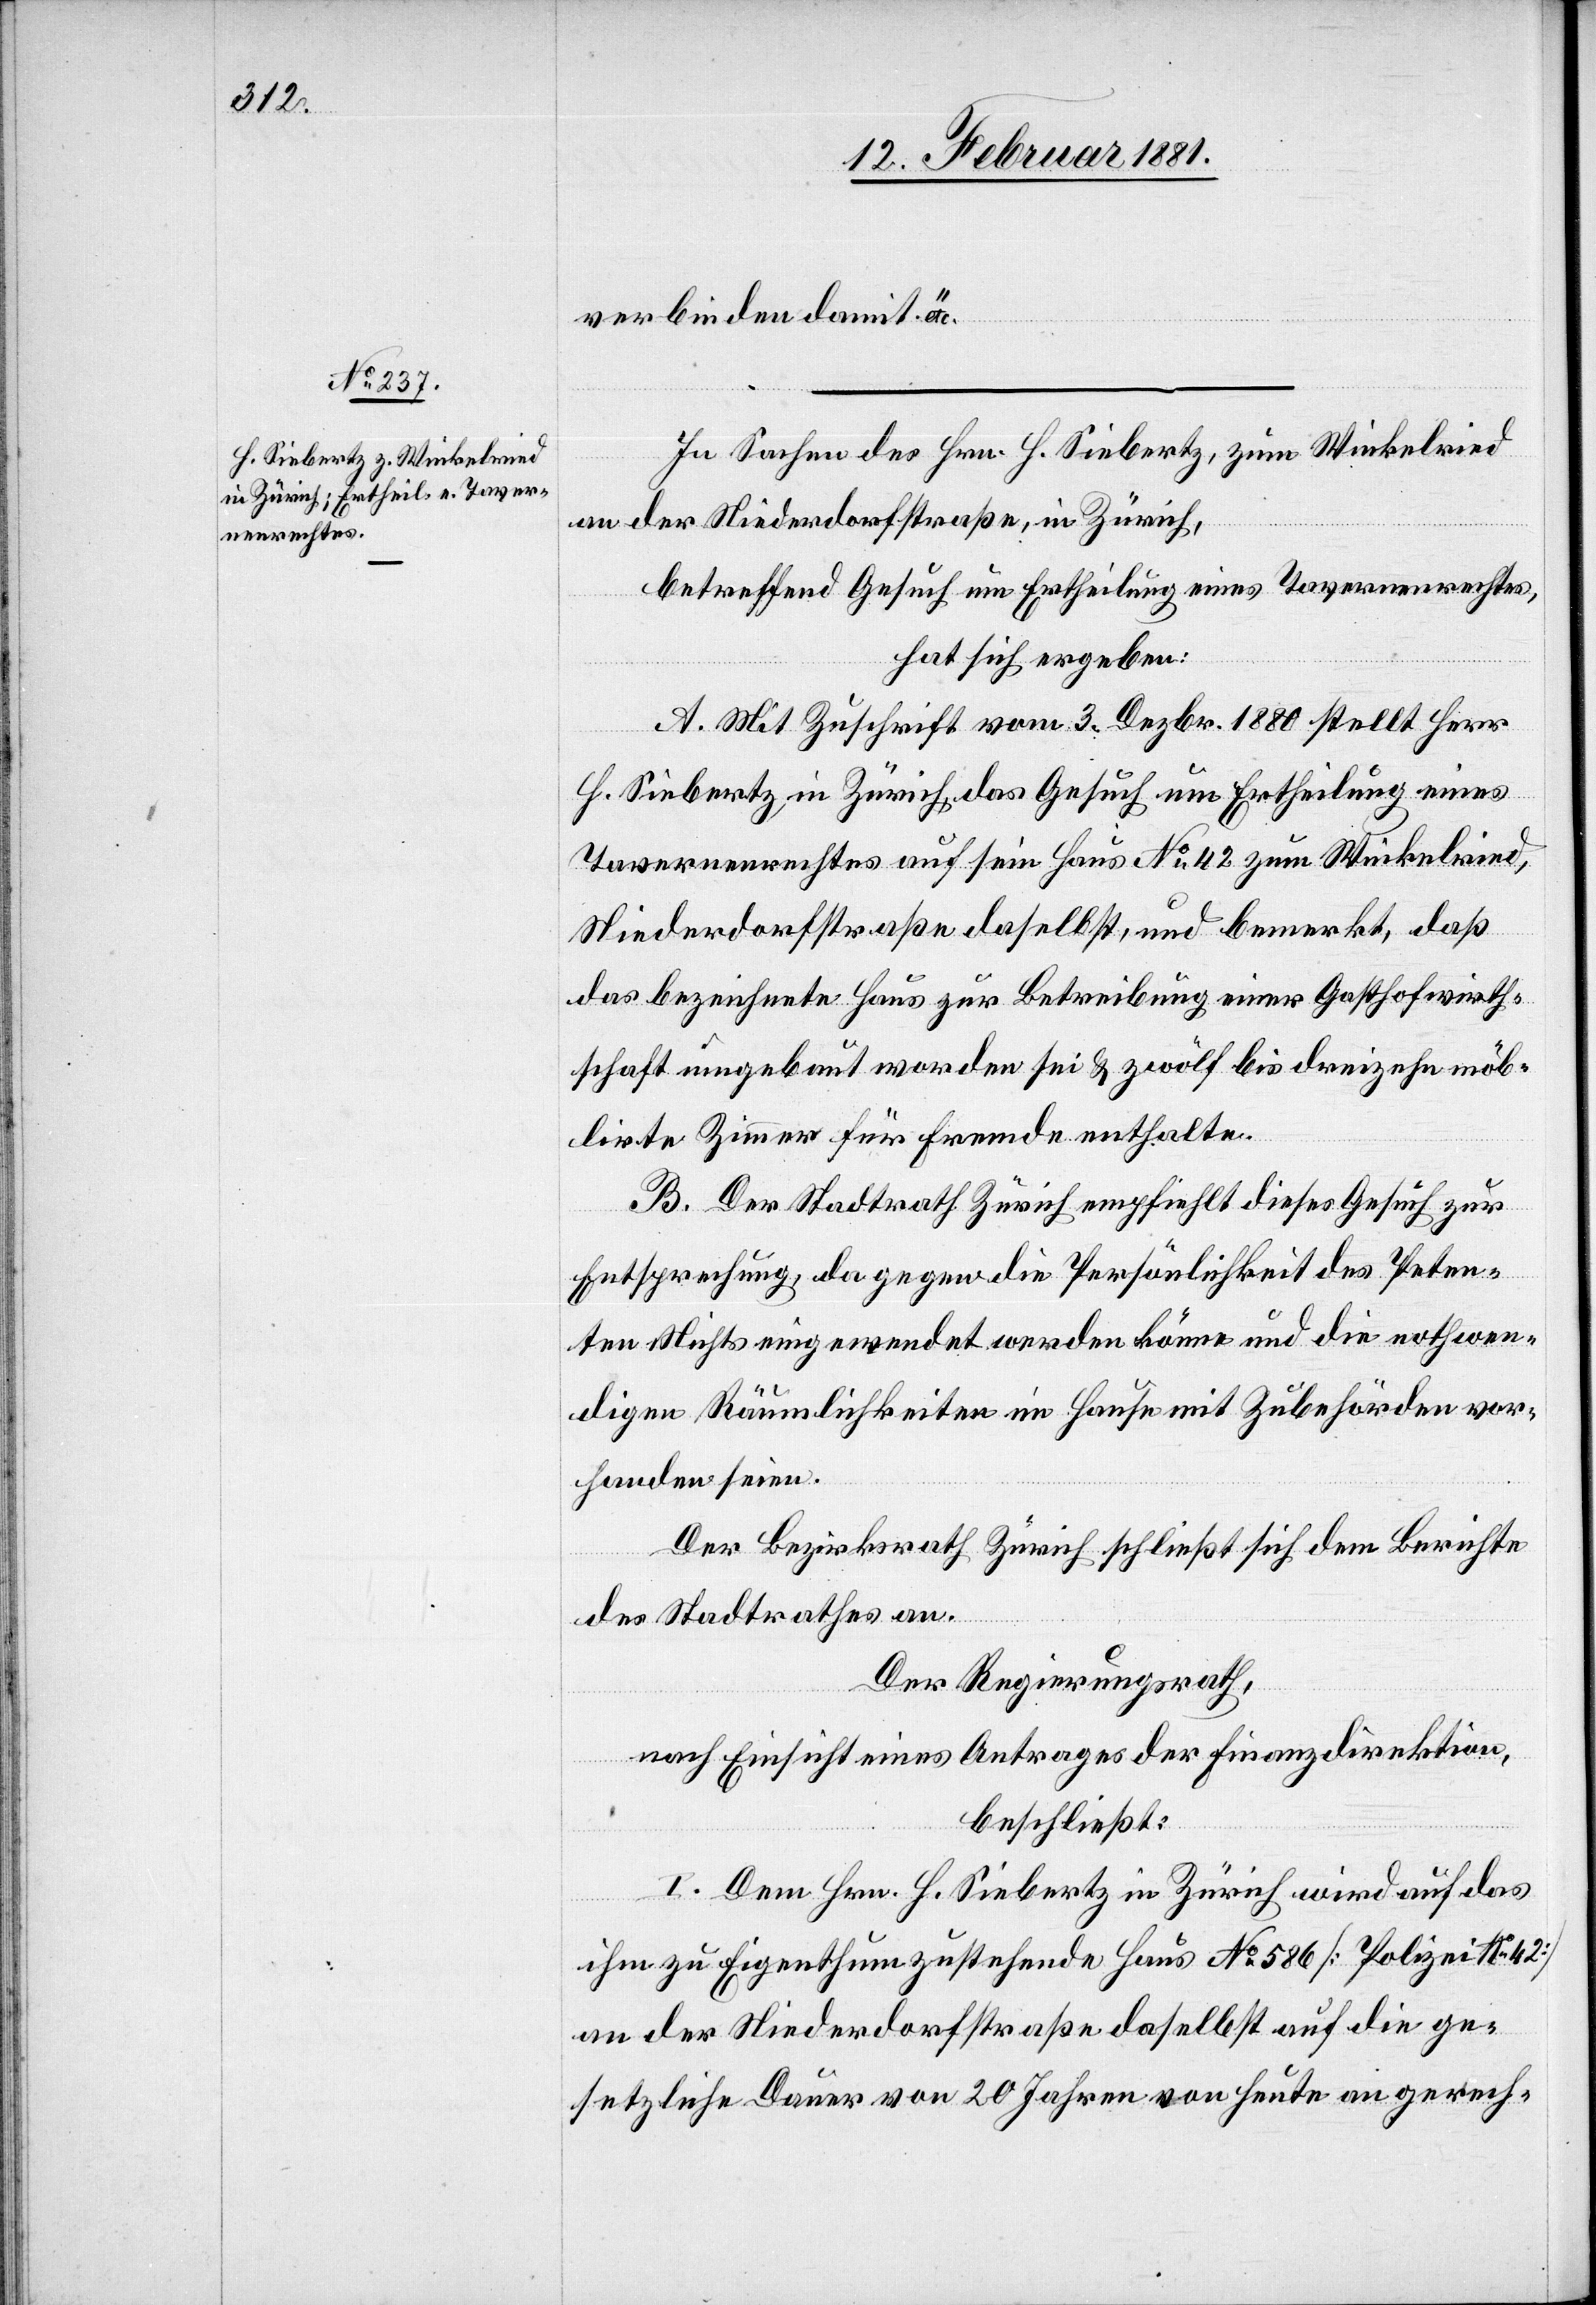
verbinden damit etc.“